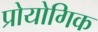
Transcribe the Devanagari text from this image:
प्रोयोगिक